Scottish Leaving Certificate Examination, 1954
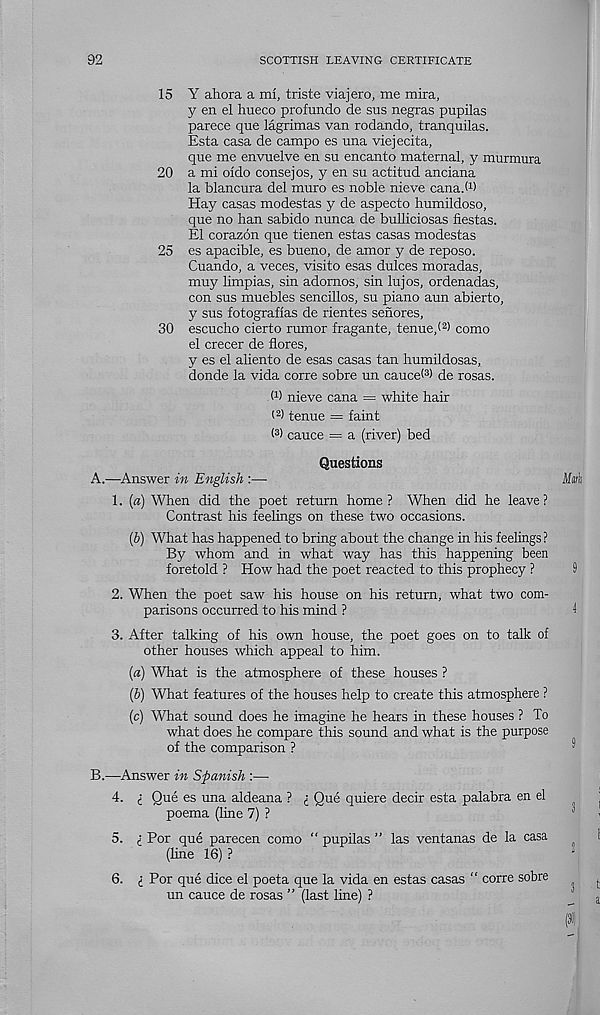
92
SCOTTISH LEAVING CERTIFICATE
15 Y ahora a ml, triste viajero, me mira,
y en el hueco profundo de sus negras pupilas
parece que lagrimas van rodando, tranquilas.
Esta casa de campo es una viejecita,
que me envuelve en su encanto maternal, y murmura
20 a mi oldo consejos, y en su actitud anciana
la blancura del muro es noble nieve cana.M
Hay casas modestas y de aspecto humildoso,
que no ban sabido nunca de bulliciosas fiestas.
El corazon que tienen estas casas modestas
25 es apacible, es bueno, de amor y de reposo.
Cuando, a veces, visito esas dulces moradas,
muy limpias, sin adomos, sin lujos, ordenadas,
con sus muebles sencillos, su piano aun abierto,
y sus fotograflas de rientes senores,
30 escucho cierto rumor fragante, tenue,( 2 ) como
el crecer de Sores,
y es el aliento de esas casas tan humildosas,
donde la vida corre sobre un cancel 3 ) de rosas.
O) nieve cana = white hair
i 2 ) tenue = faint
( 3 > cauce = a (river) bed
Questions
A.
—Answer in English :—
1. («) When did the poet return home ? When did he leave ?
Contrast his feelings on these two occasions.
{V) What has happened to bring about the change in his feelings?
By whom and in what way has this happening been
foretold ? How had the poet reacted to this prophecy ?
2. When the poet saw his house on his return, what two com-
parisons occurred to his mind ?
3. After talking of his own house, the poet goes on to talk of
other houses which appeal to him.
{a) What is the atmosphere of these houses ?
(6) What features of the houses help to create this atmosphere ?
(c) What sound does he imagine he hears in these houses ? To
what does he compare this sound and what is the purpose
of the comparison ?
B.
—Answer in Spanish :—
4. (_ Que es una aldeana ? i Que quiere deck esta palabra en el
poema (line 7) ?
5. i Por que parecen como “ pupilas ” las ventanas de la casa
(line 16) ?
I Por que dice el poeta que la vida en estas casas “ corre sobre
un cauce de rosas ” (last line) ?
6.